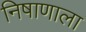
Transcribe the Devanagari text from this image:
निषाणाला